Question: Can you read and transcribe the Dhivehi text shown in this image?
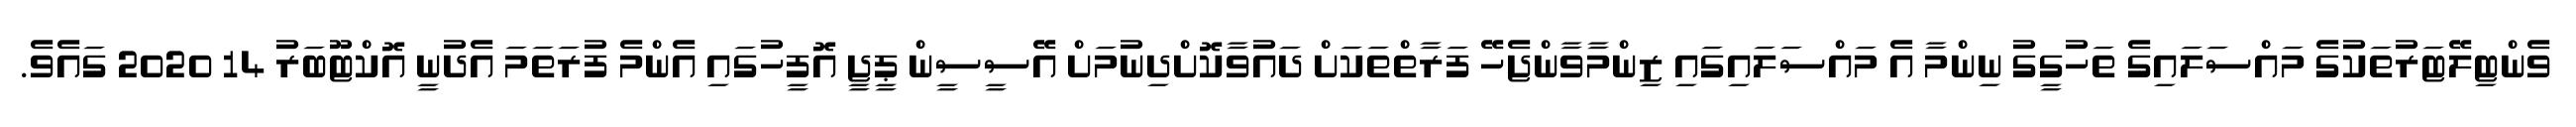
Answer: ވެންޓިލޭޓަރުތަކުގެ މައްސަލައިގެ ތަހުގީގު ނިންމާ އެ މައްސަލައިގައި ޒިންމާވާންޖެހޭ ފަރާތްތަކަށް ދައުވާކޮށްދިނުމަށް އޭސީސީން ޕީޖީ އޮފީހުގައި އެންމެ ފުރަތަމަ އެދުނީ އޮކްޓޫބަރު 14 2020 ގައެވެ.